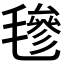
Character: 𣯶